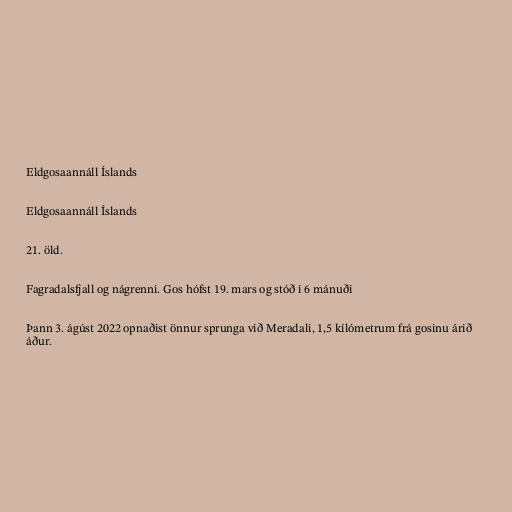
Eldgosaannáll Íslands

Eldgosaannáll Íslands

21. öld.

Fagradalsfjall og nágrenni. Gos hófst 19. mars og stóð í 6 mánuði

Þann 3. ágúst 2022 opnaðist önnur sprunga við Meradali, 1,5 kílómetrum frá gosinu árið
áður.